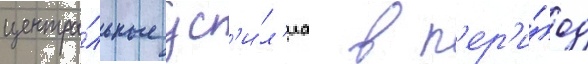
центра́льные ус'и́л'иа в п'ер'и́од